Vaccination in the Punjab 1919-1929 - 1919-1929
Year: 1919
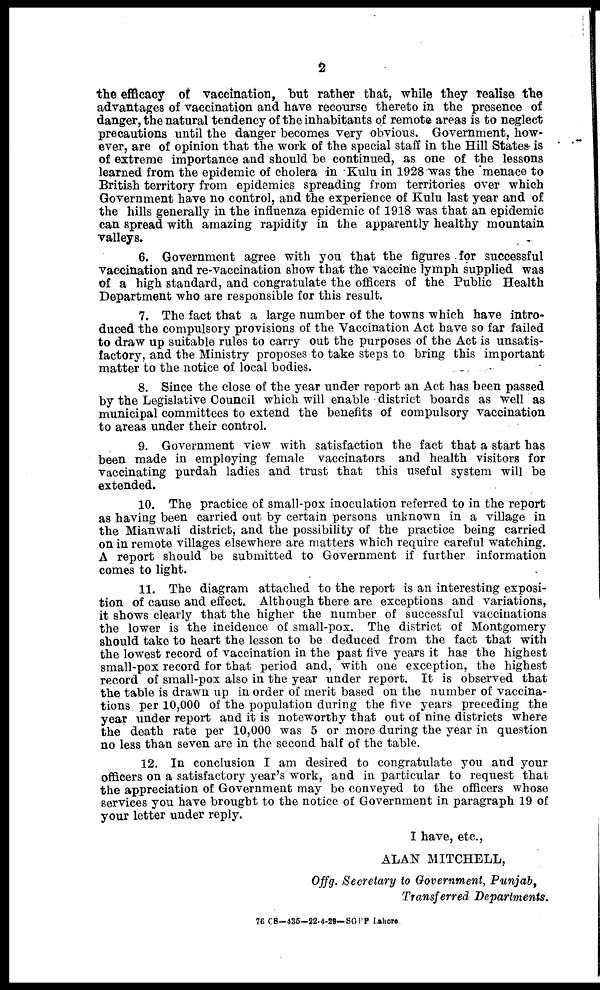
2
the efficacy of vaccination, but rather that, while they realise the
advantages of vaccination and have recourse thereto in the presence of
danger, the natural tendency of the inhabitants of remote areas is to neglect
precautions until the danger becomes very obvious. Government, how-
ever, are of opinion that the work of the special staff in the Hill States is
of extreme importance and should be continued, as one of the lessons
learned from the epidemic of cholera in Kulu in 1928 was the menace to
British territory from epidemics spreading from territories over which
Government have no control, and the experience of Kulu last year and of
the hills generally in the influenza epidemic of 1918 was that an epidemic
can spread with amazing rapidity in the apparently healthy mountain
valleys.
6. Government agree with you that the figures for successful
vaccination and re-vaccination show that the vaccine lymph supplied was
of a high standard, and congratulate the officers of the Public Health
Department who are responsible for this result.
7. The fact that a large number of the towns which have intro¬
duced the compulsory provisions of the Vaccination Act have so far failed
to draw up suitable rules to carry out the purposes of the Act is unsatis-
factory, and the Ministry proposes to take steps to bring this important
matter to the notice of local bodies.
8. Since the close of the year under report an Act has been passed
by the Legislative Council which will enable district boards as well as
municipal committees to extend the benefits of compulsory vaccination
to areas under their control.
9. Government view with satisfaction the fact that a start has
been made in employing female vaccinators and health visitors for
vaccinating purdah ladies and trust that this useful system will be
extended.
10. The practice of small-pox inoculation referred to in the report
as having been carried out by certain persons unknown in a village in
the Mianwali district, and the possibility of the practice being carried
on in remote villages elsewhere are matters which require careful watching.
A report should be submitted to Government if further information
comes to light.
11. The diagram attached to the report is an interesting exposi-
tion of cause and effect. Although there are exceptions and variations,
it shows clearly that the higher the number of successful vaccinations
the lower is the incidence of small-pox. The district of Montgomery
should take to heart the lesson to be deduced from the fact that with
the lowest record of vaccination in the past five years it has the highest
small-pox record for that period and, with one exception, the highest
record of small-pox also in the year under report. It is observed that
the table is drawn up in order of merit based on the number of vaccina-
tions per 10,000 of the population during the five years preceding the
year under report and it is noteworthy that out of nine districts where
the death rate per 10,000 was 5 or more during the year in question
no less than seven are in the second half of the table.
12. In conclusion I am desired to congratulate you and your
officers on a satisfactory year's work, and in particular to request that
the appreciation of Government may be conveyed to the officers whose
services you have brought to the notice of Government in paragraph 19 of
your letter under reply.
I have, etc.,
ALAN MITCHELL,
Offg. Secretary to Government, Punjab,
Transferred Departments.
76 CS—436—22-4-29—SGPP Lahore